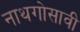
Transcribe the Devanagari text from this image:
नाथगोसावी